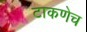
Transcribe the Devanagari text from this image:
टाकणेच